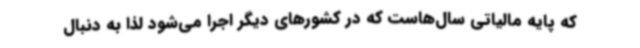
که پایه مالیاتی سال‌هاست که در کشورهای دیگر اجرا می‌شود لذا به دنبال